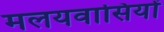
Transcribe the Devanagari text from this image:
मलयवासियों